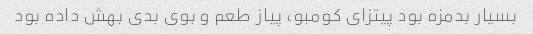
بسیار بدمزه بود پیتزای کومبو، پیاز طعم و بوی بدی بهش داده بود